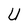
Character: U